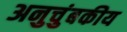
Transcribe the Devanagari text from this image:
अनुचुंबकीय